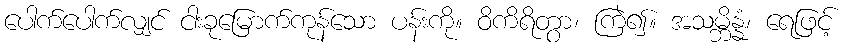
ပေါက်ပေါက်လျှင် ငါးခုမြောက်ကုန်သော ပန်းကို။ ဝိကိရိတွာ၊ ကြဲ၍။ အသမ္ဘိန္နံ၊ ရေဖြင့်